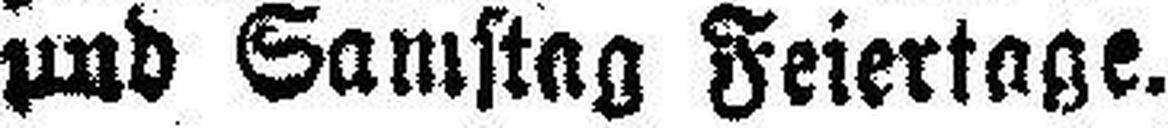
und Samstag Feiertage.